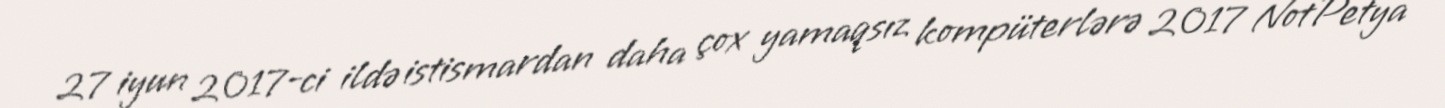
27 iyun 2017-ci ildə istismardan daha çox yamaqsız kompüterlərə 2017 NotPetya